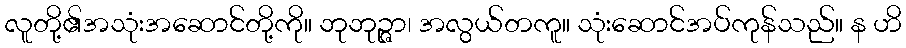
လူတို့၏အသုံးအဆောင်တို့ကို။ ဘုဘုဉ္ဇာ၊ အလွယ်တကူ။ သုံးဆောင်အပ်ကုန်သည်။ န ဟိ